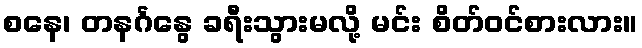
စနေ၊ တနင်္ဂနွေ ခရီးသွားမလို့ မင်း စိတ်ဝင်စားလား။